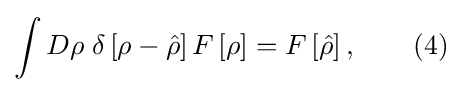
\int D\rho \;\delta \left[\rho -{\hat {\rho }}\right]F\left[\rho \right]=F\left[{\hat {\rho }}\right],\qquad (4)